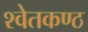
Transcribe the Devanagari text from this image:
श्वेतकण्ठ